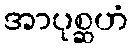
အာပုစ္ဆဟံ